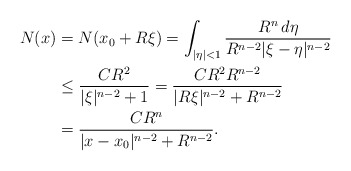
\begin{align*} N(x)&=N(x_0 +R\xi)=\int_{|\eta|<1} \frac{R^n \,d\eta}{R^{n-2} |\xi-\eta|^{n-2}}\\ &\leq \frac{CR^2}{|\xi|^{n-2}+1}=\frac{CR^2R^{n-2}}{|R\xi|^{n-2} +R^{n-2}}\\ &=\frac{CR^n}{|x-x_0|^{n-2}+R^{n-2}}. \end{align*}